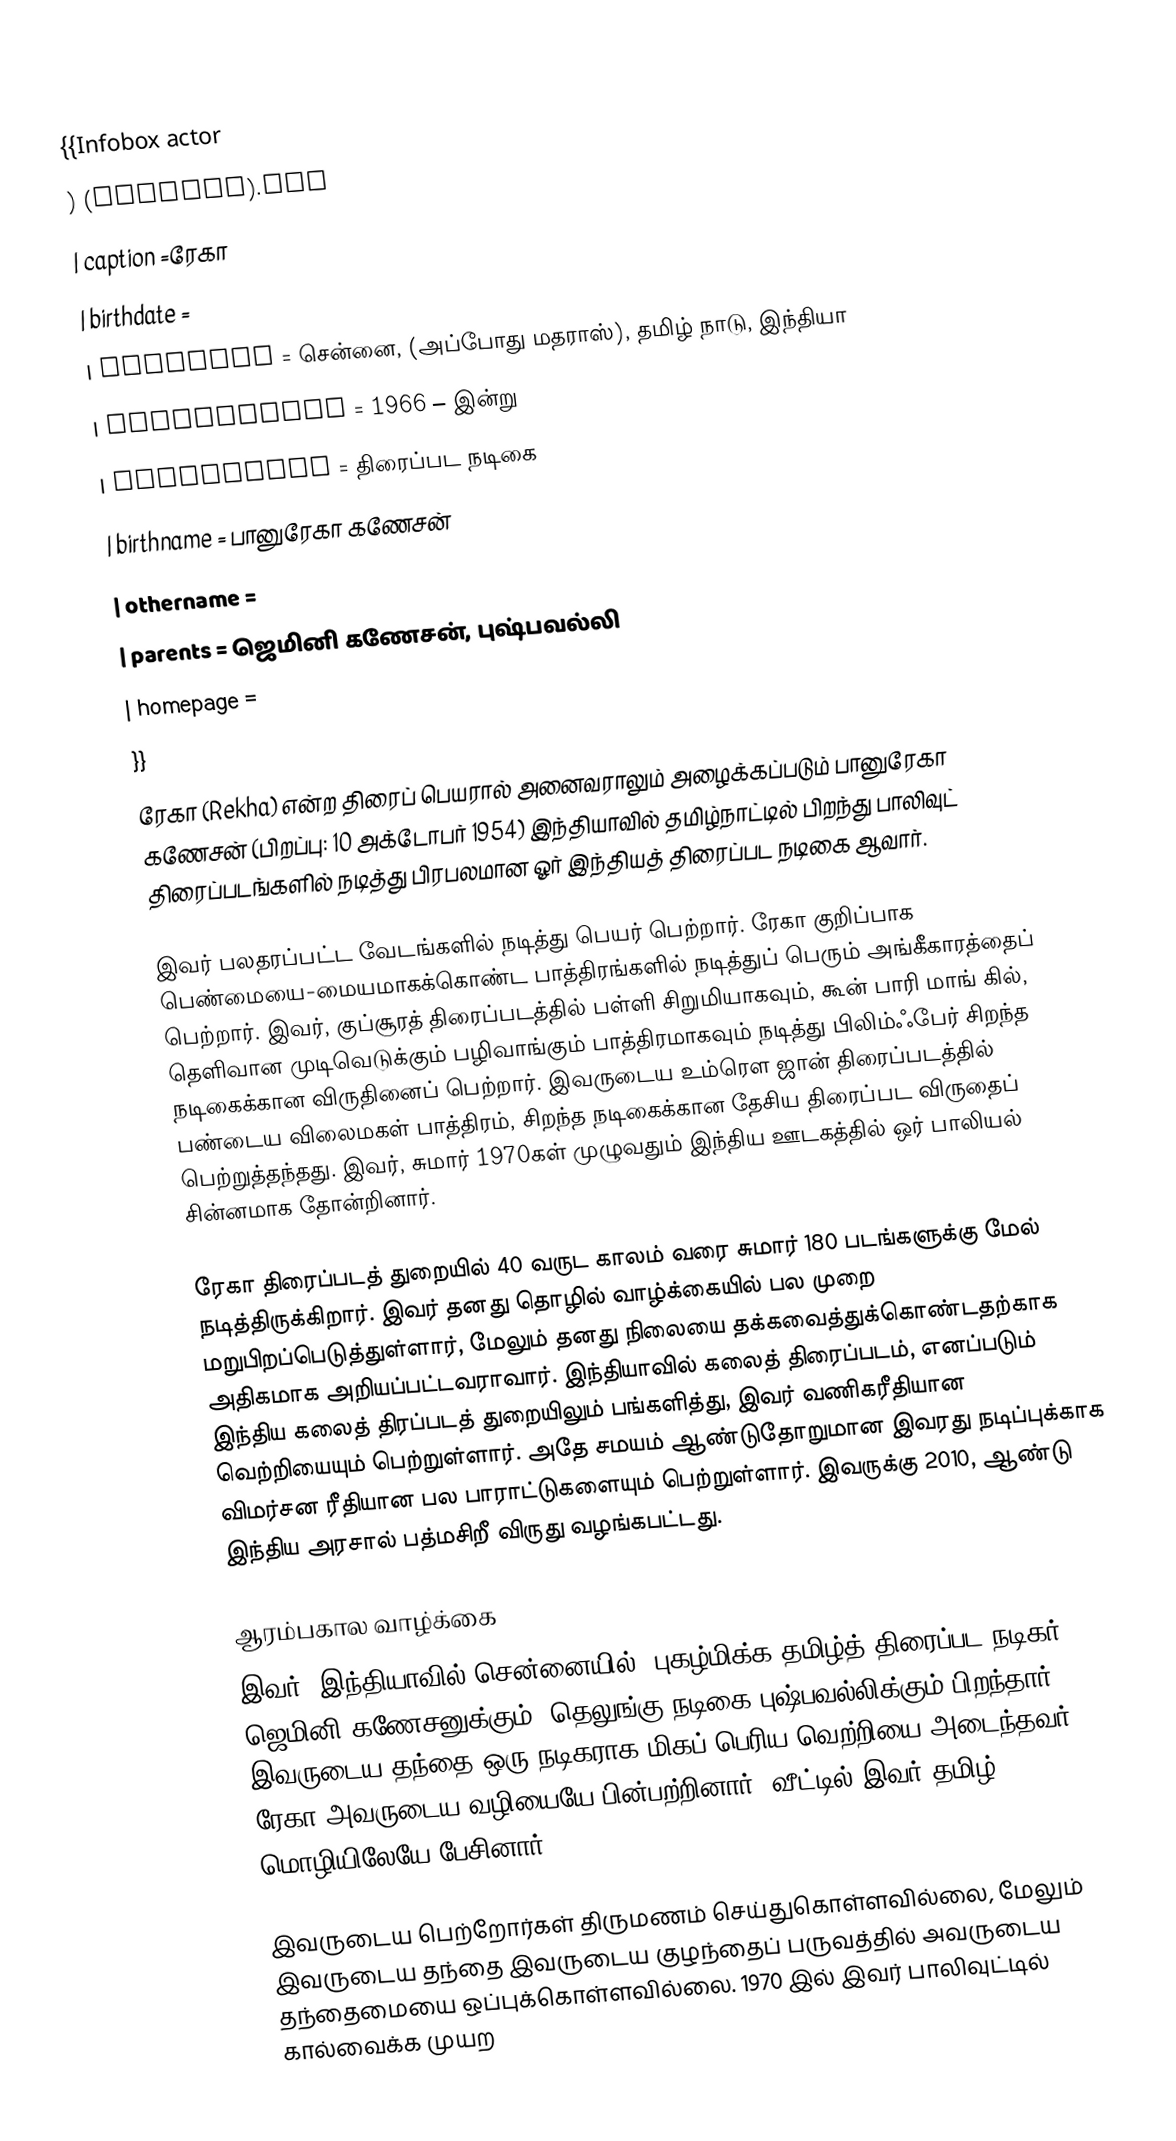
{{Infobox actor
) (cropped).jpg
| caption =ரேகா
| birthdate =
| location = சென்னை, (அப்போது மதராஸ்), தமிழ் நாடு,  இந்தியா
| yearsactive = 1966 – இன்று
| occupation = திரைப்பட நடிகை
| birthname = பானுரேகா கணேசன்
| othername =
| parents    = ஜெமினி கணேசன், புஷ்பவல்லி
| homepage =
}}
ரேகா (Rekha) என்ற திரைப் பெயரால் அனைவராலும் அழைக்கப்படும் பானுரேகா கணேசன் (பிறப்பு: 10 அக்டோபர் 1954) இந்தியாவில் தமிழ்நாட்டில் பிறந்து பாலிவுட் திரைப்படங்களில் நடித்து பிரபலமான ஓர் இந்தியத் திரைப்பட நடிகை ஆவார்.

இவர் பலதரப்பட்ட வேடங்களில் நடித்து பெயர் பெற்றார். ரேகா குறிப்பாக பெண்மையை-மையமாகக்கொண்ட பாத்திரங்களில் நடித்துப் பெரும் அங்கீகாரத்தைப் பெற்றார். இவர், குப்சூரத் திரைப்படத்தில் பள்ளி சிறுமியாகவும், கூன் பாரி மாங் கில், தெளிவான முடிவெடுக்கும் பழிவாங்கும் பாத்திரமாகவும் நடித்து பிலிம்ஃபேர் சிறந்த நடிகைக்கான விருதினைப் பெற்றார். இவருடைய உம்ரௌ ஜான் திரைப்படத்தில் பண்டைய விலைமகள் பாத்திரம், சிறந்த நடிகைக்கான தேசிய திரைப்பட விருதைப் பெற்றுத்தந்தது. இவர், சுமார் 1970கள் முழுவதும் இந்திய ஊடகத்தில் ஒர் பாலியல் சின்னமாக தோன்றினார்.

ரேகா திரைப்படத் துறையில் 40 வருட காலம் வரை சுமார் 180 படங்களுக்கு மேல் நடித்திருக்கிறார். இவர் தனது தொழில் வாழ்க்கையில் பல முறை மறுபிறப்பெடுத்துள்ளார், மேலும் தனது நிலையை தக்கவைத்துக்கொண்டதற்காக அதிகமாக அறியப்பட்டவராவார். இந்தியாவில் கலைத் திரைப்படம், எனப்படும் இந்திய கலைத் திரப்படத் துறையிலும் பங்களித்து, இவர் வணிகரீதியான வெற்றியையும் பெற்றுள்ளார். அதே சமயம் ஆண்டுதோறுமான இவரது  நடிப்புக்காக விமர்சன ரீதியான பல பாராட்டுகளையும் பெற்றுள்ளார். இவருக்கு 2010, ஆண்டு இந்திய அரசால் பத்மசிறீ விருது வழங்கபட்டது.

ஆரம்பகால வாழ்க்கை
இவர், இந்தியாவில் சென்னையில், புகழ்மிக்க தமிழ்த் திரைப்பட நடிகர் ஜெமினி கணேசனுக்கும், தெலுங்கு நடிகை புஷ்பவல்லிக்கும் பிறந்தார். இவருடைய தந்தை ஒரு நடிகராக மிகப் பெரிய வெற்றியை அடைந்தவர்.  ரேகா அவருடைய வழியையே பின்பற்றினார். வீட்டில் இவர் தமிழ் மொழியிலேயே பேசினார்.

இவருடைய பெற்றோர்கள் திருமணம் செய்துகொள்ளவில்லை, மேலும் இவருடைய தந்தை இவருடைய குழந்தைப் பருவத்தில் அவருடைய தந்தைமையை ஒப்புக்கொள்ளவில்லை. 1970 இல் இவர் பாலிவுட்டில் கால்வைக்க முயற